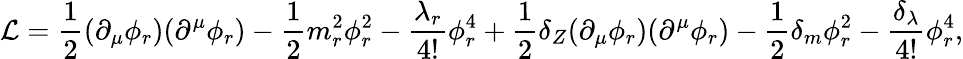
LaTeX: {\mathcal{L}}={\frac{1}{2}}(\partial_{\mu}\phi_{r})(\partial^{\mu}\phi_{r})-{\frac{1}{2}}m_{r}^{2}\phi_{r}^{2}-{\frac{\lambda_{r}}{4!}}\phi_{r}^{4}+{\frac{1}{2}}\delta_{Z}(\partial_{\mu}\phi_{r})(\partial^{\mu}\phi_{r})-{\frac{1}{2}}\delta_{m}\phi_{r}^{2}-{\frac{\delta_{\lambda}}{4!}}\phi_{r}^{4},